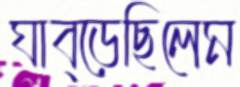
ঘাব্‌ড়েছিলেম